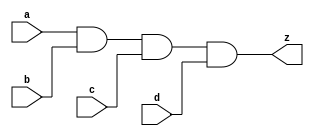
// This program was cloned from: https://github.com/aolofsson/oh
// License: MIT License

//#############################################################################
//# Function: 4-Input And Gate                                                #
//# Copyright: OH Project Authors. ALl rights Reserved.                       #
//# License:  MIT (see LICENSE file in OH repository)                         #
//#############################################################################

module asic_and4 #(parameter PROP = "DEFAULT")  (
   input  a,
   input  b,
   input  c,
   input  d,
   output z
   );

   assign z = a & b & c & d;

endmodule